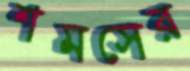
শমসের